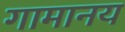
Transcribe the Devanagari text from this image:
गामानय